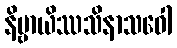
နိဗ္ဗာယိဿသိနာသဝေါ